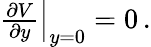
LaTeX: \begin{array}{r}{\left.\frac{\partial V}{\partial y}\right\rvert_{y=0}=0\, .}\end{array}